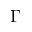
\Gamma